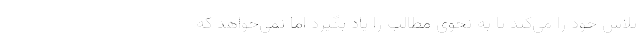
تلاش خود را می‌کند تا به نحوی مطالب را یاد بگیرد اما نمی‌خواهد که